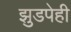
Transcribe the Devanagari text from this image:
झुडपेही